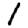
Digit: 1